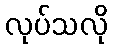
လုပ်သလို